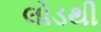
લોડથી